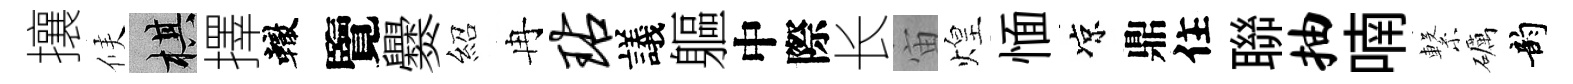
攘候棋擇轍覽爨紹冉玷議軀中際长宙煌愐凉鼎住聯抽喃繋礪韵